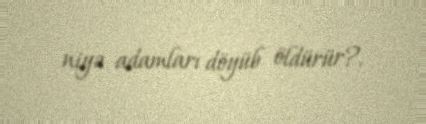
niyə adamları döyüb öldürür?.